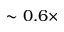
\sim 0 . 6 \times